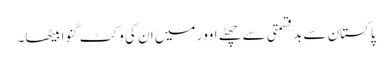
پاکستان سے بدقسمتی سے چھٹے اوور میں ان کی وکٹ گنوا بیٹھا۔